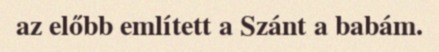
az előbb említett a Szánt a babám.